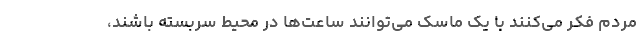
مردم فکر می‌کنند با یک ماسک می‌توانند ساعت‌ها در محیط سربسته باشند،